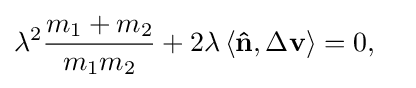
\lambda ^{2}{\frac {m_{1}+m_{2}}{m_{1}m_{2}}}+2\lambda \,\langle \mathbf {\hat {n}} ,\Delta \mathbf {v} \rangle =0,\quad